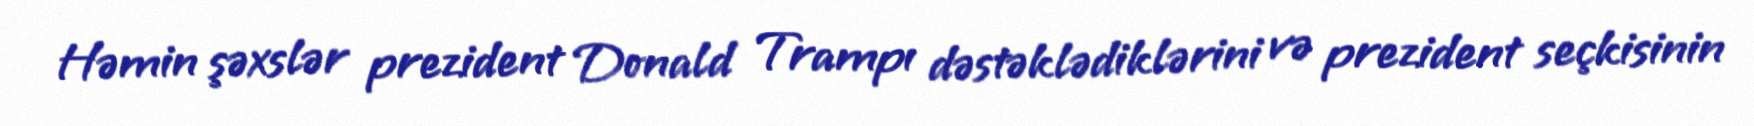
Həmin şəxslər prezident Donald Trampı dəstəklədiklərini və prezident seçkisinin